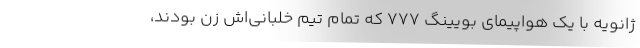
ژانویه با یک هواپیمای بویٔینگ ۷۷۷ که تمام تیم خلبانی‌اش زن بودند،